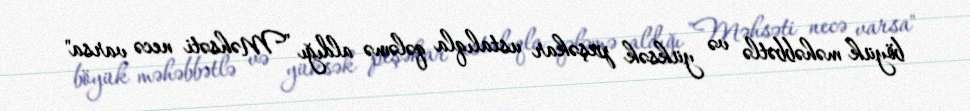
böyük məhəbbətlə və yüksək peşəkar ustalıqla qələmə aldığı "Məhsəti necə varsa"